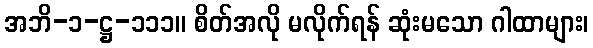
အဘိ-၁-ဋ္ဌ-၁၁၁။ စိတ်အလို မလိုက်ရန် ဆုံးမသော ဂါထာများ၊